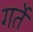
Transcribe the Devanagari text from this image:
गर्ते